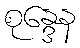
စုန္ဒေန